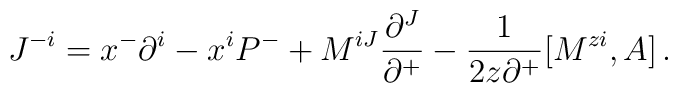
J^{-i}=x^-\partial^i -x^i P^- +M^{iJ}\frac{\partial^J}{\partial^+}-\frac{1}{2z\partial^+}[M^{zi},A]\,.